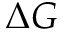
\Delta G